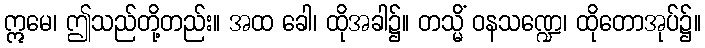
ဣမေ၊ ဤသည်တို့တည်း။ အထ ခေါ၊ ထိုအခါ၌။ တသ္မိံ ဝနသဏ္ဍေ၊ ထိုတောအုပ်၌။